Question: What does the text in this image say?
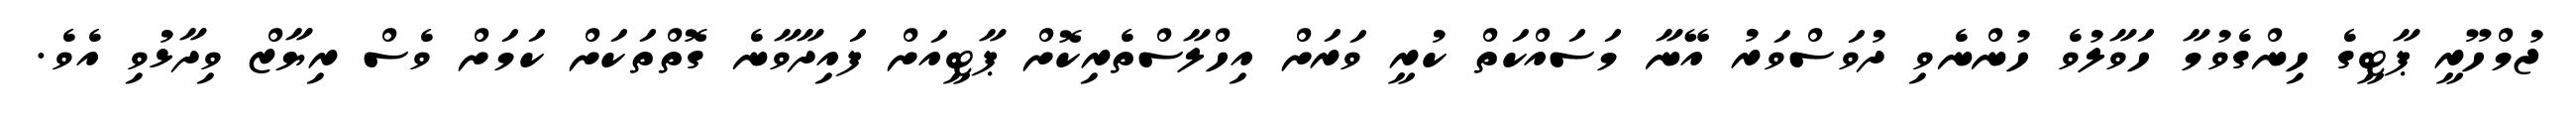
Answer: ޖުމްހޫރީ ޕާޓީގެ ހިންގެވުމާ ހަވާލުވެ ހުންނެވި ދުވަސްވަރު އޭނާ މަސައްކަތް ކުރީ ވަރަށް އިހްލާސްތެރިކޮށް ޕާޓީއަށް ފައިދާވާނެ ގޮތްތަކަށް ކަމަށް ވެސް ރިޔާޒް ވިދާޅުވި އެވެ.